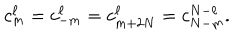
LaTeX: c _ { m } ^ { \ell } = c _ { - m } ^ { \ell } = c _ { m + 2 N } ^ { \ell } = c _ { N - m } ^ { N - \ell } .